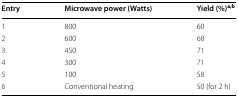
<table><thead><tr><td><b>Entry</b></td><td><b>Microwave power (Watts)</b></td><td><b>Yield (%)<sup>a,b</sup></b></td></tr></thead><tbody><tr><td>1</td><td>800</td><td>60</td></tr><tr><td>2</td><td>600</td><td>68</td></tr><tr><td>3</td><td>450</td><td>71</td></tr><tr><td>4</td><td>300</td><td>71</td></tr><tr><td>5</td><td>100</td><td>58</td></tr><tr><td>6</td><td>Conventional heating</td><td>50 (for 2 h)</td></tr></tbody></table>